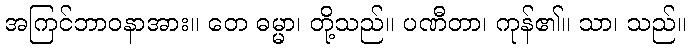
အကြင်ဘာဝနာအား။ တေ ဓမ္မာ၊ တို့သည်။ ပဏီတာ၊ ကုန်၏။ သာ၊ သည်။